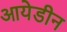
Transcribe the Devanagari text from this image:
आयेडीन